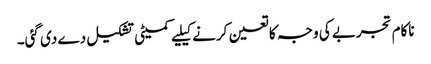
ناکام تجربے کی وجہ کا تعین کرنے کیلیے کمیٹی تشکیل دے دی گئی۔